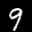
Label: 9